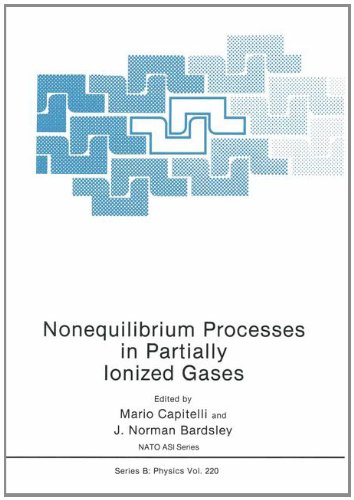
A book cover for Nonequilibrium Processes in Partially Ionized Gases (NATO Science Series B: Physics); Science & Math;